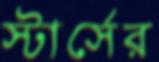
স্টার্সের